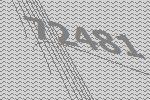
72481